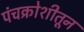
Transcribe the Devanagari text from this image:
पंचक्रोशीतून